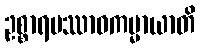
ဥစ္စာရပဿာဝကမ္မာယာတိ